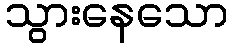
သွားနေသော